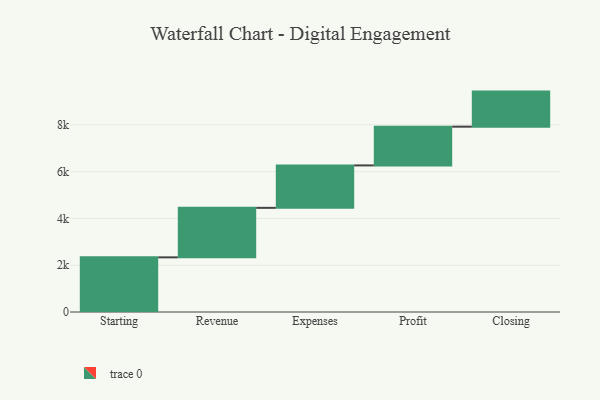
{"axis": {"x": "Step", "y": "Value"}, "legend": [""], "data": [{"x": "Starting", "y": 2336.0, "type": ""}, {"x": "Revenue", "y": 2116.0, "type": ""}, {"x": "Expenses", "y": 1814.0, "type": ""}, {"x": "Profit", "y": 1656.0, "type": ""}, {"x": "Closing", "y": 1499.0, "type": ""}]}